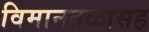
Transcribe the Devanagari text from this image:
विमानतळासह